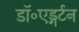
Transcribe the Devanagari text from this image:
डॉ॰एड्गर्टन